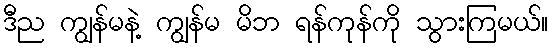
ဒီည ကျွန်မနဲ့ ကျွန်မ မိဘ ရန်ကုန်ကို သွားကြမယ်။